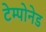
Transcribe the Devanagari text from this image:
टेम्पोनेड